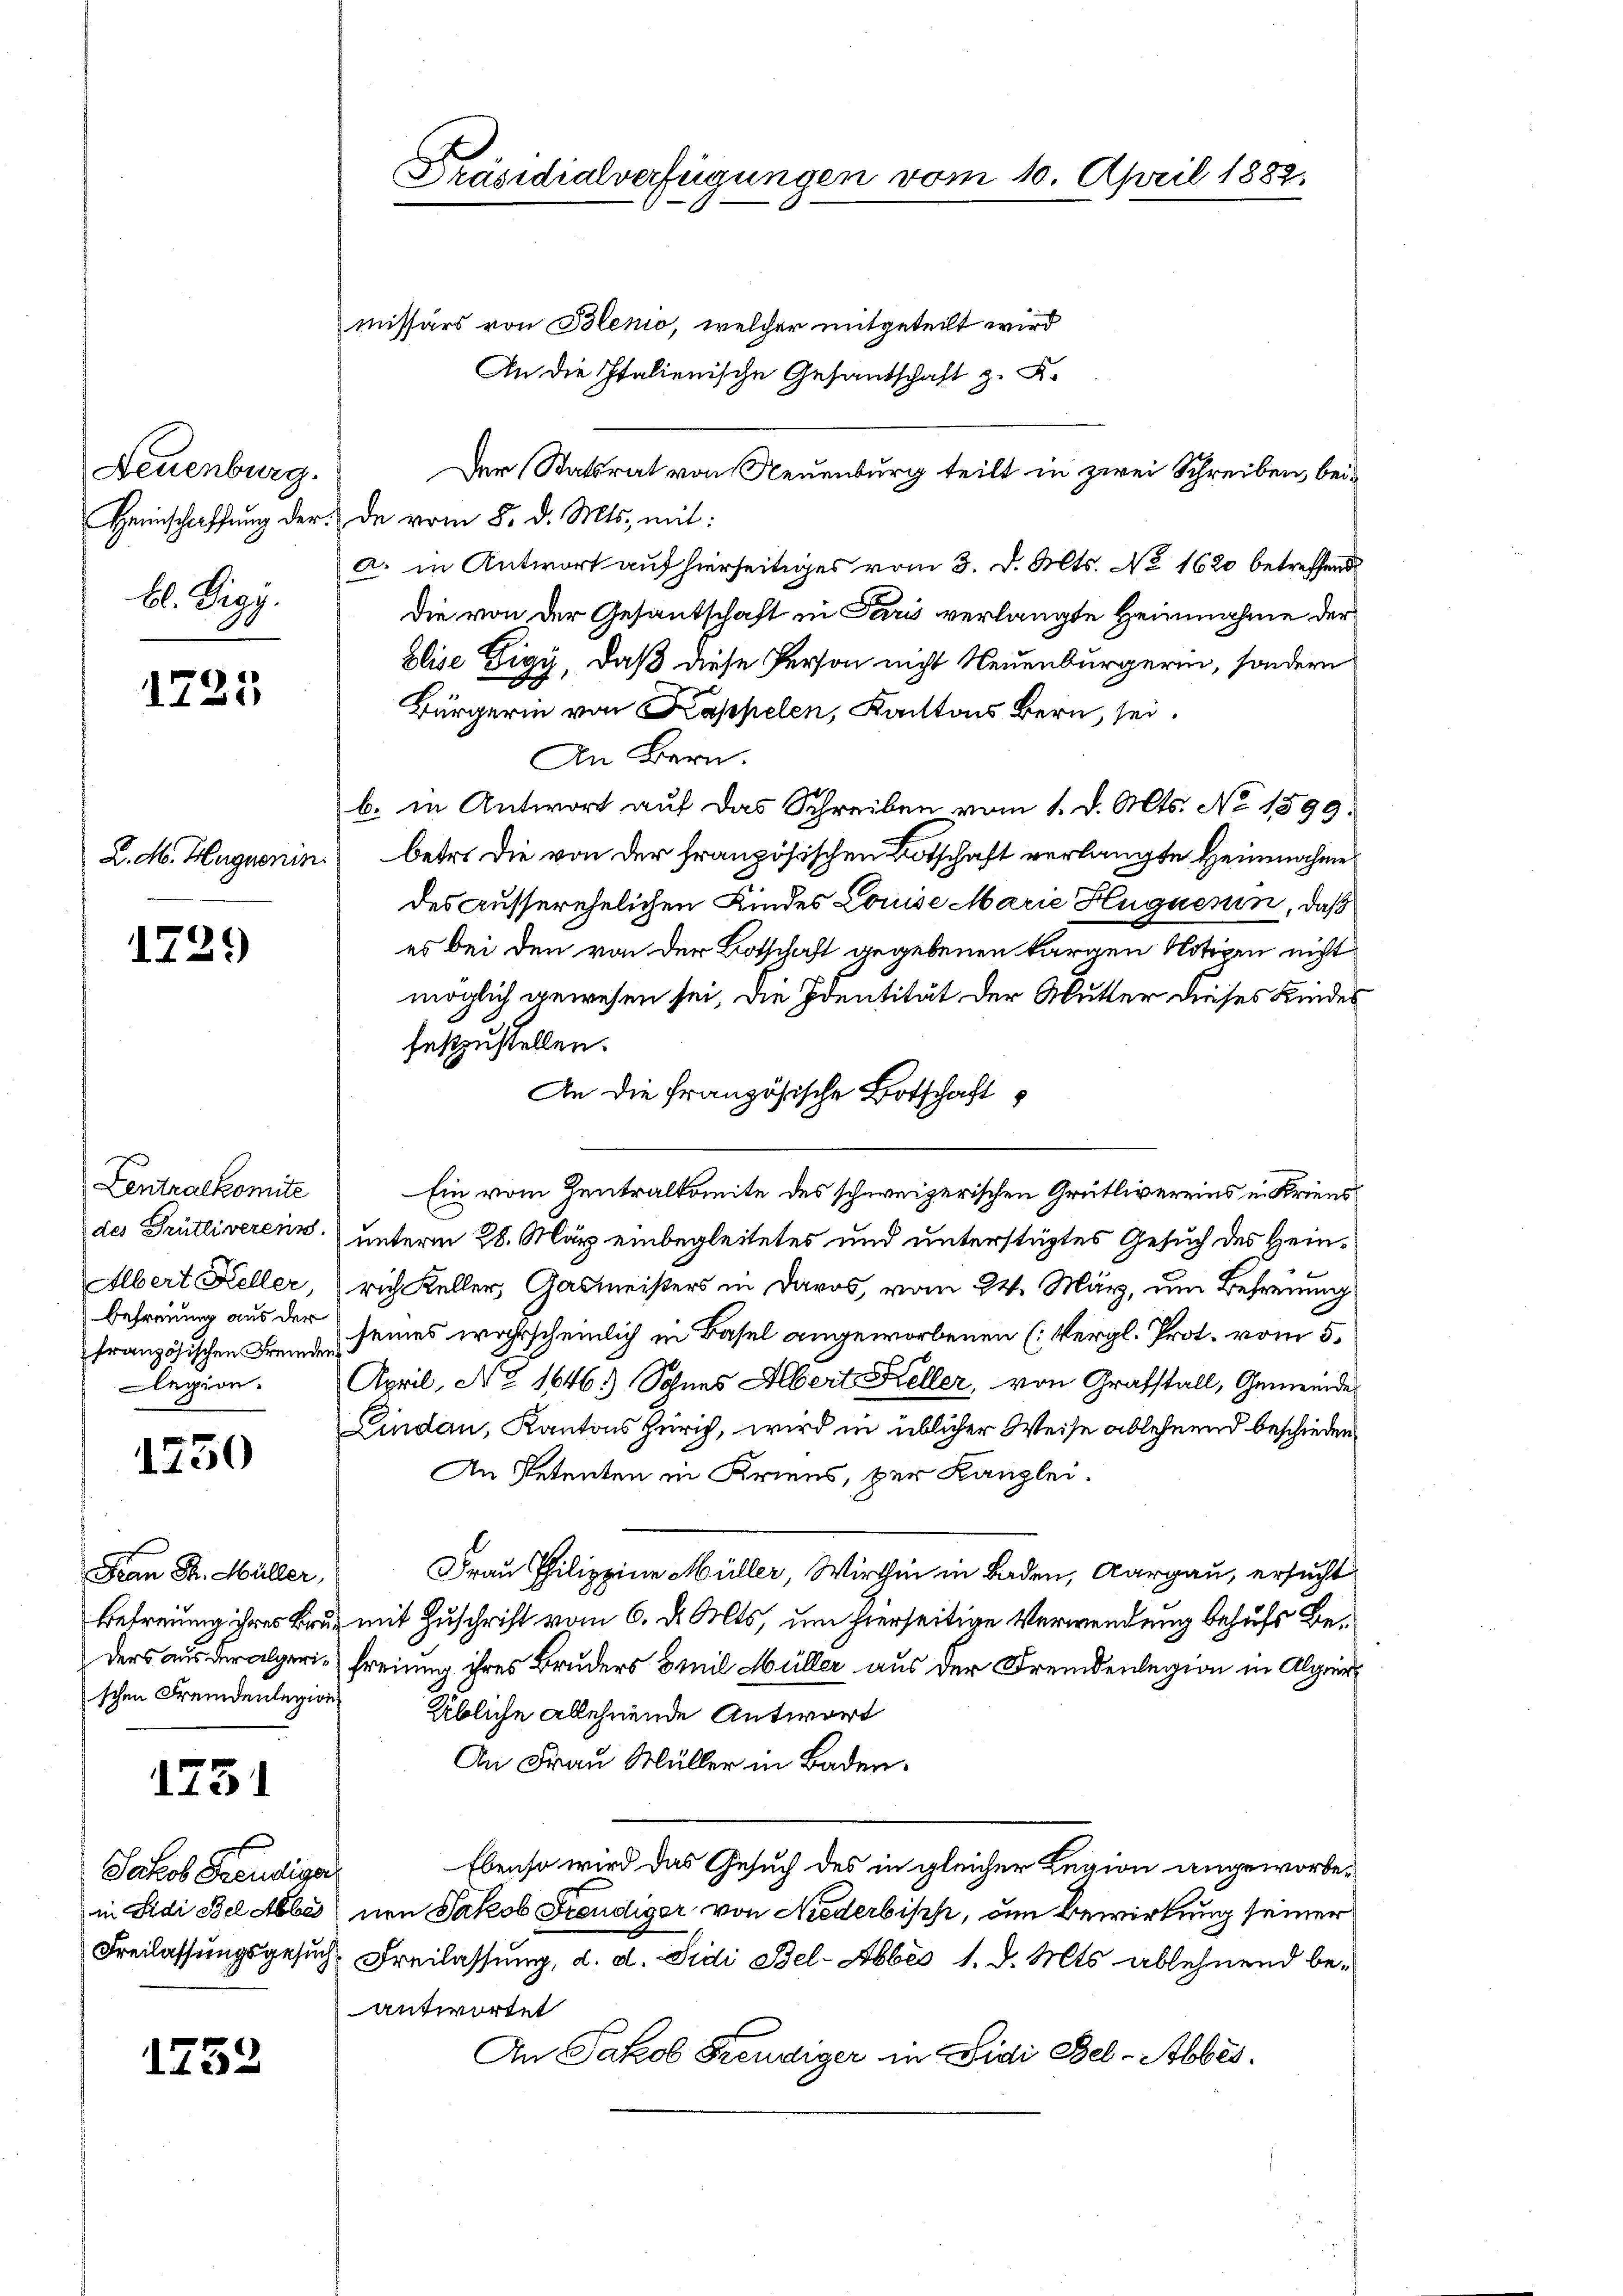
Neuenburg.
bl. Digg.

1725

1729

Lentralkomite
des Grütliverein.
französischen Fremden
legion.

1750

Frau Dr. Müller,
schen Fremdenlegions

1731

Jakob Freudiger

152

Präsidialverfügungen vom 10. April 1882,

missärs von Blenio, welcher mitgeteilt wird
An die Italienische Gesandschaft z. K.
Der Statsrat von Neuenburg teilt in zwei Schreiben, bei¬
Heimschaffŭng der de vom 8. d. Mts. mit:
a. in Antwort auf hierseitiges vom 3. d. Mts. No 1620 betreffend
Die von der Gesantschaft in Paris verlangte Heinnahme der
Elise Eigy, daß diese Person nicht Neuenburgerin, sondern
Bürgerin von Kappelen, Kantons Bern, sei.
An Bern.
b. in Antwort auf das Schreiben vom 1. d. Mts. No. 1899.
L. M. Hugnonin betr. die von der französischen Botschaft verlangte Heinnahme
des ausserehelichen Kindes Louise Marie Huquerin, daß
es bei den von der Botschaft gegebenen kargen Notizen nicht
möglich gewesen sei, die Identität der Mutter dieses Kinder
feszustellen.
An die Französische Botschaft
Ein vom Zentralkomite des schweizerischen Grütlivereins in Kriens
unterm 28. März einbegleitetes und unterstüztes Gesuch des Hein¬
Albert Keller, rich Keller, Gasmeisters in Daros, vom 24. März, um Befreiung
befreiung aus der seines wahrscheinlich in Basel angeworbenen (Vergl. Prot. vom 5.
April, No 1646.) Sohnes Albert Keller, von Grafstall, Gemeinde
Lindau, Kantons Zürich, wird in üblicher Weise ablehnend beschieden
An Petenten in Kriens, der Kanzlei.
Frau Philippin Müller, Wirthin in Baden, Aargau, ersucht
Befreiung ihres Bruz mit Zuschrift vom 6. d. Mts, um hierseitige Verwendung behufs Beders aus der algerie freiung ihres Bruders Emil Müller aus der Fremdenlegion in Algier¬
Übliche Ablehnende Antwort
An Frau Müller in Baden.
Ebenso wird das Gesuch des in gleicher Legion angeworbein Sidi Bel Abbe non Jakob Freudiger, von Niederbisch, um Bewirkung seiner
Freilassungsgesuch Freilassung, d. d. Sidi Bel- Aber 1. d. Mts. ablehnend beantwortet
An Jakob Freudiger in Lidi Bel-Abbes¬